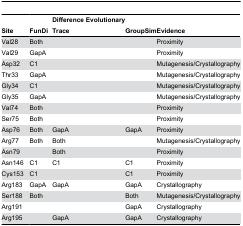
| Site | FunDi | Difference Evolutionary Trace | GroupSim | Evidence |
 | --- | --- | --- | --- | --- |
 | Val28 | Both |  |  | Proximity |
 | Val29 | GapA |  |  | Proximity |
 | Asp32 | C1 |  |  | Mutagenesis/Crystallography |
 | Thr33 | GapA |  |  | Mutagenesis/Crystallography |
 | Gly34 | C1 |  |  | Mutagenesis/Crystallography |
 | Gly35 | GapA |  |  | Mutagenesis/Crystallography |
 | Val74 | Both |  |  | Proximity |
 | Ser75 | Both |  |  | Proximity |
 | Asp76 | Both | GapA | GapA | Proximity |
 | Arg77 | Both | Both |  | Mutagenesis/Crystallography |
 | Asn79 |  | Both |  | Proximity |
 | Asn146 | C1 | C1 | C1 | Proximity |
 | Cys153 | C1 |  | C1 | Proximity |
 | Arg183 | GapA | GapA | GapA | Crystallography |
 | Ser188 | Both |  | Both | Mutagenesis/Crystallography |
 | Arg191 |  |  | GapA | Crystallography |
 | Arg195 |  | GapA | GapA | Crystallography |